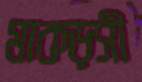
মাকড়সী